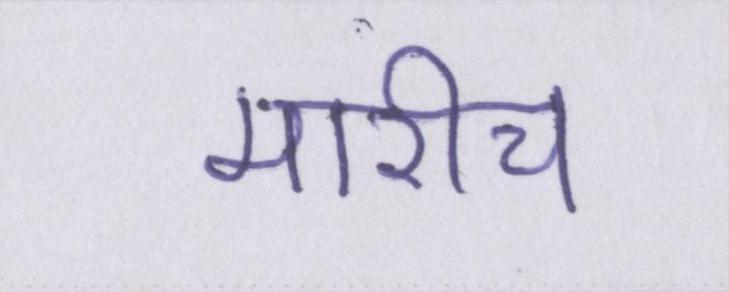
मारीच